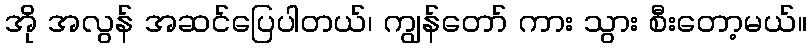
အို အလွန် အဆင်ပြေပါတယ်၊ ကျွန်တော် ကား သွား စီးတော့မယ်။